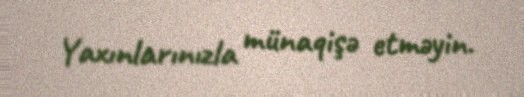
Yaxınlarınızla münaqişə etməyin.